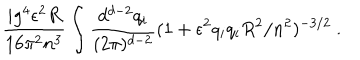
\frac { i g ^ { 4 } \epsilon ^ { 2 } R } { 1 6 \pi ^ { 2 } n ^ { 3 } } \int \frac { d ^ { d - 2 } q _ { i } } { ( 2 \pi ) ^ { d - 2 } } ( 1 + \epsilon ^ { 2 } q _ { i } q _ { i } R ^ { 2 } / n ^ { 2 } ) ^ { - 3 / 2 } \ .